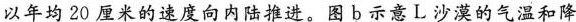
以年均20厘米的速度向内陆推进。图b示意L沙漠的气温和降